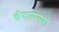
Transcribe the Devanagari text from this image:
चैषामप्ययो